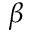
\beta